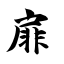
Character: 扉